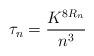
LaTeX: \begin{align*}\tau_n = \frac{K^{8R_n}}{n^3}\end{align*}